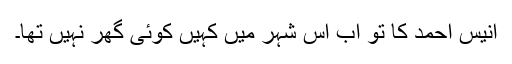
انیس احمد کا تو اب اس شہر میں کہیں کوئی گھر نہیں تھا۔